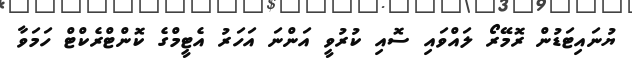
ޔުނައިޓަޑުން ރޮމޭރޯ ލައްވައި ސޮއި ކުރުވީ އަންނަ އަހަރު އެޓީމްގެ ކޮންޓްރެކްޓް ހަމަވާ